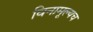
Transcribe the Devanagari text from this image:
विनामूल्यच